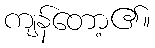
ကျန်တော့၏။